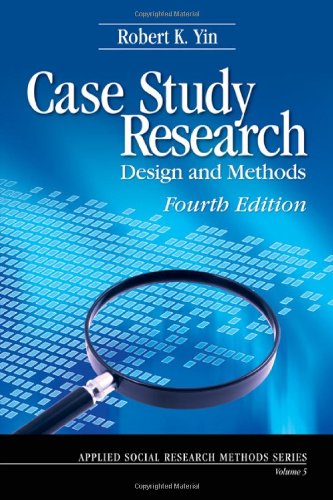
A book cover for Case Study Research: Design and Methods (Applied Social Research Methods); Robert K. Yin; Medical Books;